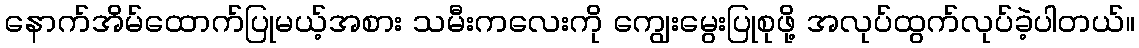
နောက်အိမ်ထောက်ပြုမယ့်အစား သမီးကလေးကို ကျွေးမွေးပြုစုဖို့ အလုပ်ထွက်လုပ်ခဲ့ပါတယ်။